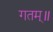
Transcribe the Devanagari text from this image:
गतम्॥